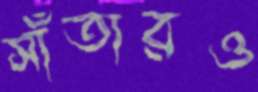
সাঁতারও